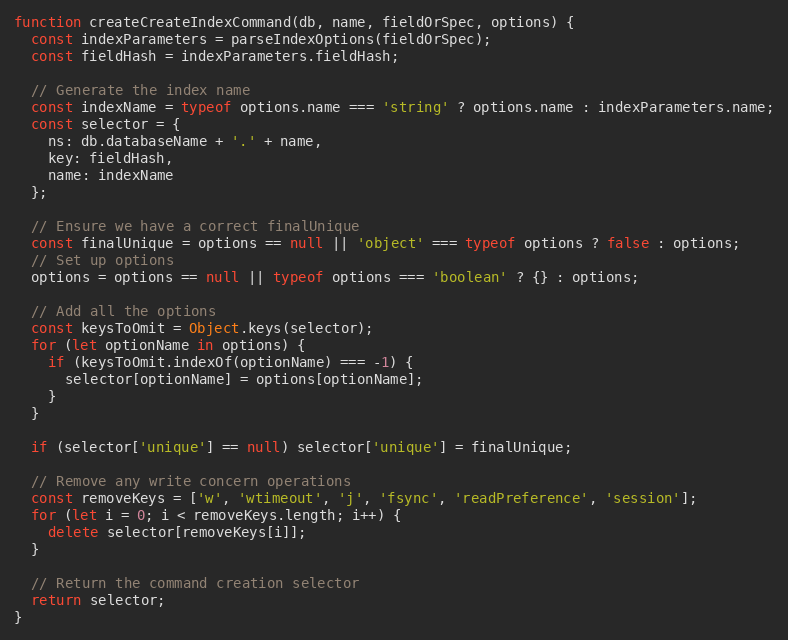
Language: JavaScript
function createCreateIndexCommand(db, name, fieldOrSpec, options) {
  const indexParameters = parseIndexOptions(fieldOrSpec);
  const fieldHash = indexParameters.fieldHash;

  // Generate the index name
  const indexName = typeof options.name === 'string' ? options.name : indexParameters.name;
  const selector = {
    ns: db.databaseName + '.' + name,
    key: fieldHash,
    name: indexName
  };

  // Ensure we have a correct finalUnique
  const finalUnique = options == null || 'object' === typeof options ? false : options;
  // Set up options
  options = options == null || typeof options === 'boolean' ? {} : options;

  // Add all the options
  const keysToOmit = Object.keys(selector);
  for (let optionName in options) {
    if (keysToOmit.indexOf(optionName) === -1) {
      selector[optionName] = options[optionName];
    }
  }

  if (selector['unique'] == null) selector['unique'] = finalUnique;

  // Remove any write concern operations
  const removeKeys = ['w', 'wtimeout', 'j', 'fsync', 'readPreference', 'session'];
  for (let i = 0; i < removeKeys.length; i++) {
    delete selector[removeKeys[i]];
  }

  // Return the command creation selector
  return selector;
}